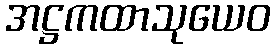
အဋ္ဌကထာသုယေဝ